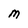
Character: M